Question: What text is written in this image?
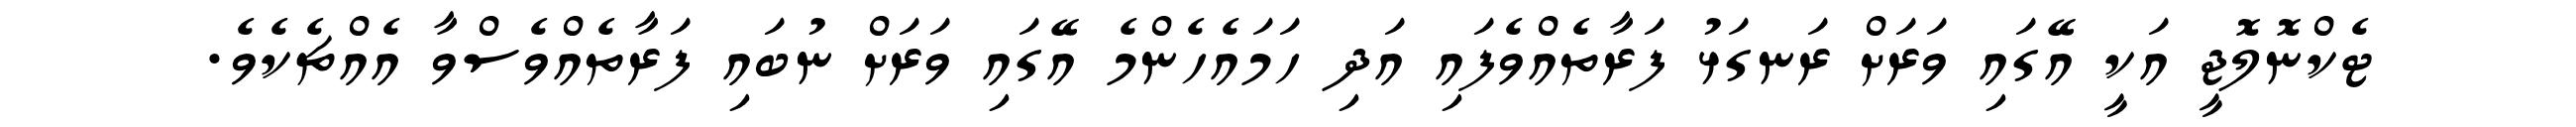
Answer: ޓެކްނޮލޮޖީ އަކީ އޭގައި ވަރަށް ރަނގަޅު ފަރާތެއްވެފައި އަދި ހަމައެހެންމެ އޭގައި ވަރަށް ނުބައި ފަރާތެއްވެސްވާ އެއްޗެކެވެ.